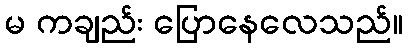
မ ကချည်း ပြောနေလေသည်။